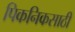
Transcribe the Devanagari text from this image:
पिकनिकसाठी